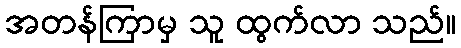
အတန်ကြာမှ သူ ထွက်လာ သည်။